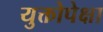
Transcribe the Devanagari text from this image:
युक्तोपेक्षा